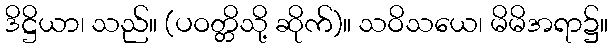
ဒိဋ္ဌိယာ၊ သည်။ (ပဝတ္တိသို့ ဆိုက်)။ သဝိသယေ၊ မိမိအရာ၌။